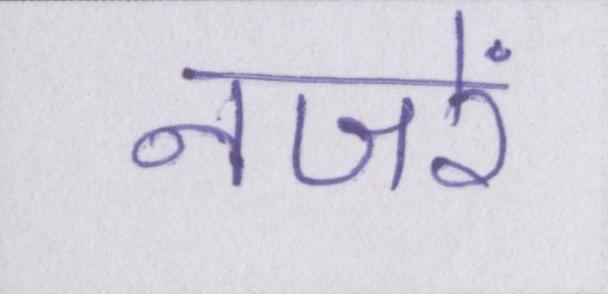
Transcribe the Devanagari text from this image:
नजरें